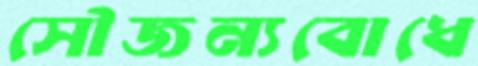
সৌজন্যবোধে